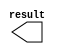
// megafunction wizard: %LPM_CONSTANT%VBB%
// GENERATION: STANDARD
// VERSION: WM1.0
// MODULE: LPM_CONSTANT 

// ============================================================
// Megafunction Name(s):
// 			LPM_CONSTANT
//
// Simulation Library Files(s):
// 			lpm
// ============================================================
// ************************************************************
// THIS IS A WIZARD-GENERATED FILE. DO NOT EDIT THIS FILE!
//
// 13.1.0 Build 162 10/23/2013 SJ Web Edition
// ************************************************************

//Copyright (C) 1991-2013 Altera Corporation
//Your use of Altera Corporation's design tools, logic functions 
//and other software and tools, and its AMPP partner logic 
//functions, and any output files from any of the foregoing 
//(including device programming or simulation files), and any 
//associated documentation or information are expressly subject 
//to the terms and conditions of the Altera Program License 
//Subscription Agreement, Altera MegaCore Function License 
//Agreement, or other applicable license agreement, including, 
//without limitation, that your use is for the sole purpose of 
//programming logic devices manufactured by Altera and sold by 
//Altera or its authorized distributors.  Please refer to the 
//applicable agreement for further details.

module lpm_constant2 (
	result);

	output	[2:0]  result;

endmodule

// ============================================================
// CNX file retrieval info
// ============================================================
// Retrieval info: PRIVATE: INTENDED_DEVICE_FAMILY STRING "Arria II GX"
// Retrieval info: PRIVATE: JTAG_ENABLED NUMERIC "0"
// Retrieval info: PRIVATE: JTAG_ID STRING "NONE"
// Retrieval info: PRIVATE: Radix NUMERIC "10"
// Retrieval info: PRIVATE: SYNTH_WRAPPER_GEN_POSTFIX STRING "0"
// Retrieval info: PRIVATE: Value NUMERIC "7"
// Retrieval info: PRIVATE: nBit NUMERIC "3"
// Retrieval info: PRIVATE: new_diagram STRING "1"
// Retrieval info: LIBRARY: lpm lpm.lpm_components.all
// Retrieval info: CONSTANT: LPM_CVALUE NUMERIC "7"
// Retrieval info: CONSTANT: LPM_HINT STRING "ENABLE_RUNTIME_MOD=NO"
// Retrieval info: CONSTANT: LPM_TYPE STRING "LPM_CONSTANT"
// Retrieval info: CONSTANT: LPM_WIDTH NUMERIC "3"
// Retrieval info: USED_PORT: result 0 0 3 0 OUTPUT NODEFVAL "result[2..0]"
// Retrieval info: CONNECT: result 0 0 3 0 @result 0 0 3 0
// Retrieval info: GEN_FILE: TYPE_NORMAL lpm_constant2.v TRUE
// Retrieval info: GEN_FILE: TYPE_NORMAL lpm_constant2.inc FALSE
// Retrieval info: GEN_FILE: TYPE_NORMAL lpm_constant2.cmp FALSE
// Retrieval info: GEN_FILE: TYPE_NORMAL lpm_constant2.bsf TRUE FALSE
// Retrieval info: GEN_FILE: TYPE_NORMAL lpm_constant2_inst.v FALSE
// Retrieval info: GEN_FILE: TYPE_NORMAL lpm_constant2_bb.v TRUE
// Retrieval info: LIB_FILE: lpm